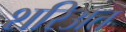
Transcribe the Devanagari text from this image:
शरिअत